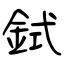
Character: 鉽